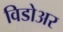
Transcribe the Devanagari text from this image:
विडोअर